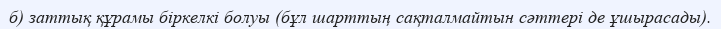
б) заттық құрамы біркелкі болуы (бұл шарттың сақталмайтын сәттері де ұшырасады).